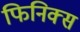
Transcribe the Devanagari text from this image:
फिनिक्‍स